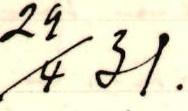
29/4 31.